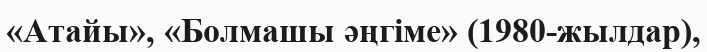
«Атайы», «Болмашы әңгіме» (1980-жылдар),